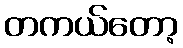
တကယ်တော့